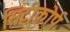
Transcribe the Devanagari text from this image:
सिटीकोर्प